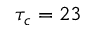
\tau _ { c } = 2 3